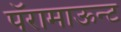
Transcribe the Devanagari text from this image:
पॅरामाऊन्ट